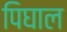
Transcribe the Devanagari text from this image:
पिघाल